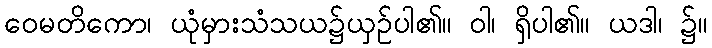
ဝေမတိကော၊ ယုံမှားသံသယ၌ယှဉ်ပါ၏။ ဝါ၊ ရှိပါ၏။ ယဒါ၊ ၌။